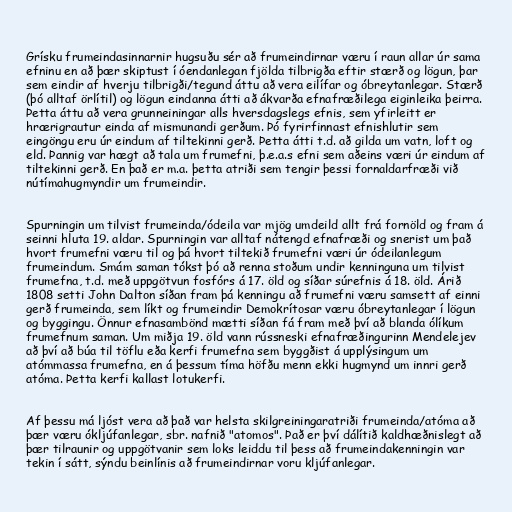
Grísku frumeindasinnarnir hugsuðu sér að frumeindirnar væru í raun allar úr sama
efninu en að þær skiptust í óendanlegan fjölda tilbrigða eftir stærð og lögun, þar
sem eindir af hverju tilbrigði/tegund áttu að vera eilífar og óbreytanlegar. Stærð
(þó alltaf örlítil) og lögun eindanna átti að ákvarða efnafræðilega eiginleika þeirra.
Þetta áttu að vera grunneiningar alls hversdagslegs efnis, sem yfirleitt er
hrærigrautur einda af mismunandi gerðum. Þó fyrirfinnast efnishlutir sem
eingöngu eru úr eindum af tiltekinni gerð. Þetta átti t.d. að gilda um vatn, loft og
eld. Þannig var hægt að tala um frumefni, þ.e.a.s efni sem aðeins væri úr eindum af
tiltekinni gerð. En það er m.a. þetta atriði sem tengir þessi fornaldarfræði við
nútímahugmyndir um frumeindir.

Spurningin um tilvist frumeinda/ódeila var mjög umdeild allt frá fornöld og fram á
seinni hluta 19. aldar. Spurningin var alltaf nátengd efnafræði og snerist um það
hvort frumefni væru til og þá hvort tiltekið frumefni væri úr ódeilanlegum
frumeindum. Smám saman tókst þó að renna stoðum undir kenninguna um tilvist
frumefna, t.d. með uppgötvun fosfórs á 17. öld og síðar súrefnis á 18. öld. Árið
1808 setti John Dalton síðan fram þá kenningu að frumefni væru samsett af einni
gerð frumeinda, sem líkt og frumeindir Demokrítosar væru óbreytanlegar í lögun
og byggingu. Önnur efnasambönd mætti síðan fá fram með því að blanda ólíkum
frumefnum saman. Um miðja 19. öld vann rússneski efnafræðingurinn Mendelejev
að því að búa til töflu eða kerfi frumefna sem byggðist á upplýsingum um
atómmassa frumefna, en á þessum tíma höfðu menn ekki hugmynd um innri gerð
atóma. Þetta kerfi kallast lotukerfi.

Af þessu má ljóst vera að það var helsta skilgreiningaratriði frumeinda/atóma að
þær væru ókljúfanlegar, sbr. nafnið "atomos". Það er því dálítið kaldhæðnislegt að
þær tilraunir og uppgötvanir sem loks leiddu til þess að frumeindakenningin var
tekin í sátt, sýndu beinlínis að frumeindirnar voru kljúfanlegar.